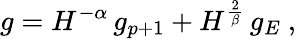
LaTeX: g=H^{-\alpha}\, g_{p+1}+H^{\frac 2\beta}\, g_{E}~,